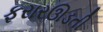
ફરારઊડતી